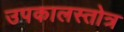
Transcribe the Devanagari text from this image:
उपकालस्तोत्र